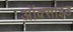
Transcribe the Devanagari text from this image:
अॉक्साइड